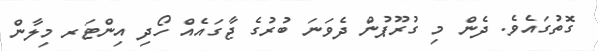
ގޮތުގައެވެ. ދެން މި ގުރޫޕުން ދެވަނަ ބުރުގެ ޖާގައެއް ހޯދި އިންޓަރ މިލާން